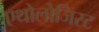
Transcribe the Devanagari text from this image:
एथोलोजिस्ट